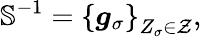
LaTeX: \mathbb{S}^{-1}=\left\lbrace\boldsymbol{g}_{\sigma}\right\rbrace_{Z_{\sigma}\in\mathcal{Z}},